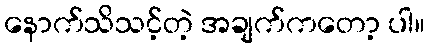
နောက်သိသင့်တဲ့ အချက်ကတော့ ပါ။